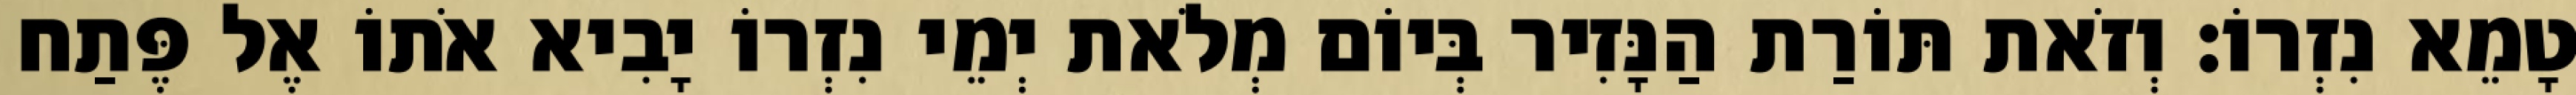
טָמֵא נִזְרוֹ׃ וְזֹאת תּוֹרַת הַנָּזִיר בְּיוֹם מְלֹאת יְמֵי נִזְרוֹ יָבִיא אֹתוֹ אֶל פֶּתַח